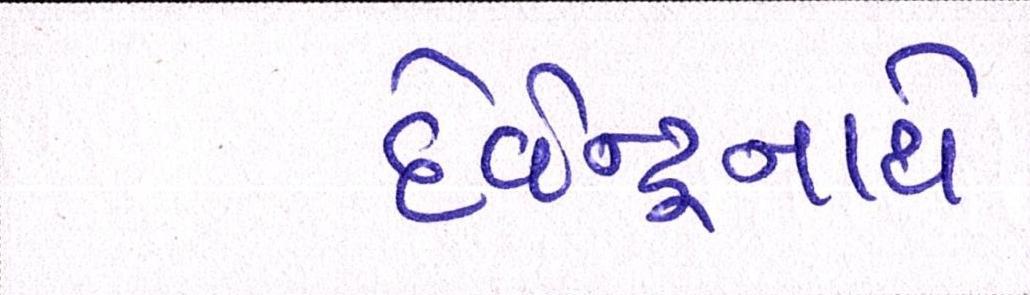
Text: દેવેન્દ્રનાથે